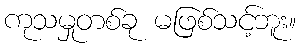
ကုသမှုတစ်ခု မဖြစ်သင့်ဘူး။